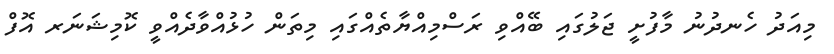
މިއަދު ހެނދުނު މާފުށީ ޖަލުގައި ބޭއްވި ރަސްމިއްޔާތެއްގައި މިތަން ހުޅުއްވާދެއްވީ ކޮމިޝަނަރ އޮފް